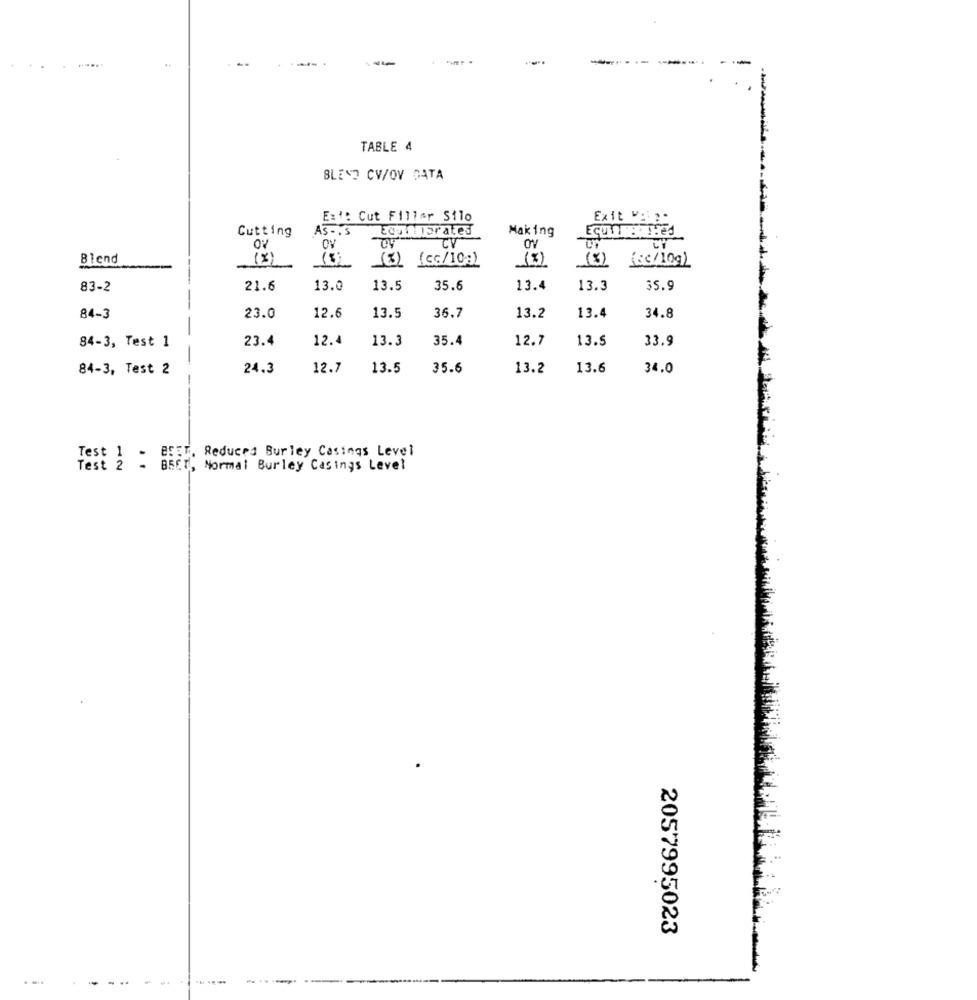
----------
TABLE 4
BLEND CV/OV DATA
Ext: Cut Filler Silo
Exit Voip.
Cutting
As-is
Ecplanprates
Making
OV
CV
OV
Blend
(8)
(3) (cc/10:)
(RC/109)
83-2
21.6
13.0
13.5
35.6
13.4
13.3
35.9
12.6
13.5
34.8
84-3
23.
36.
13.2
13.4
23.4
12.4
13.
35.4
12.7
13.5
33.9
84-3, Test 1
-
84-3, Test 2
24.3
12.
13.5
35.6
13.2
13.
34.0
-
Test 1 - BFEn. Reduced Burley Casings Level
Test 2 - BSET, Normal Burley Casings Level
2057995023
..